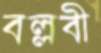
বল্লবী